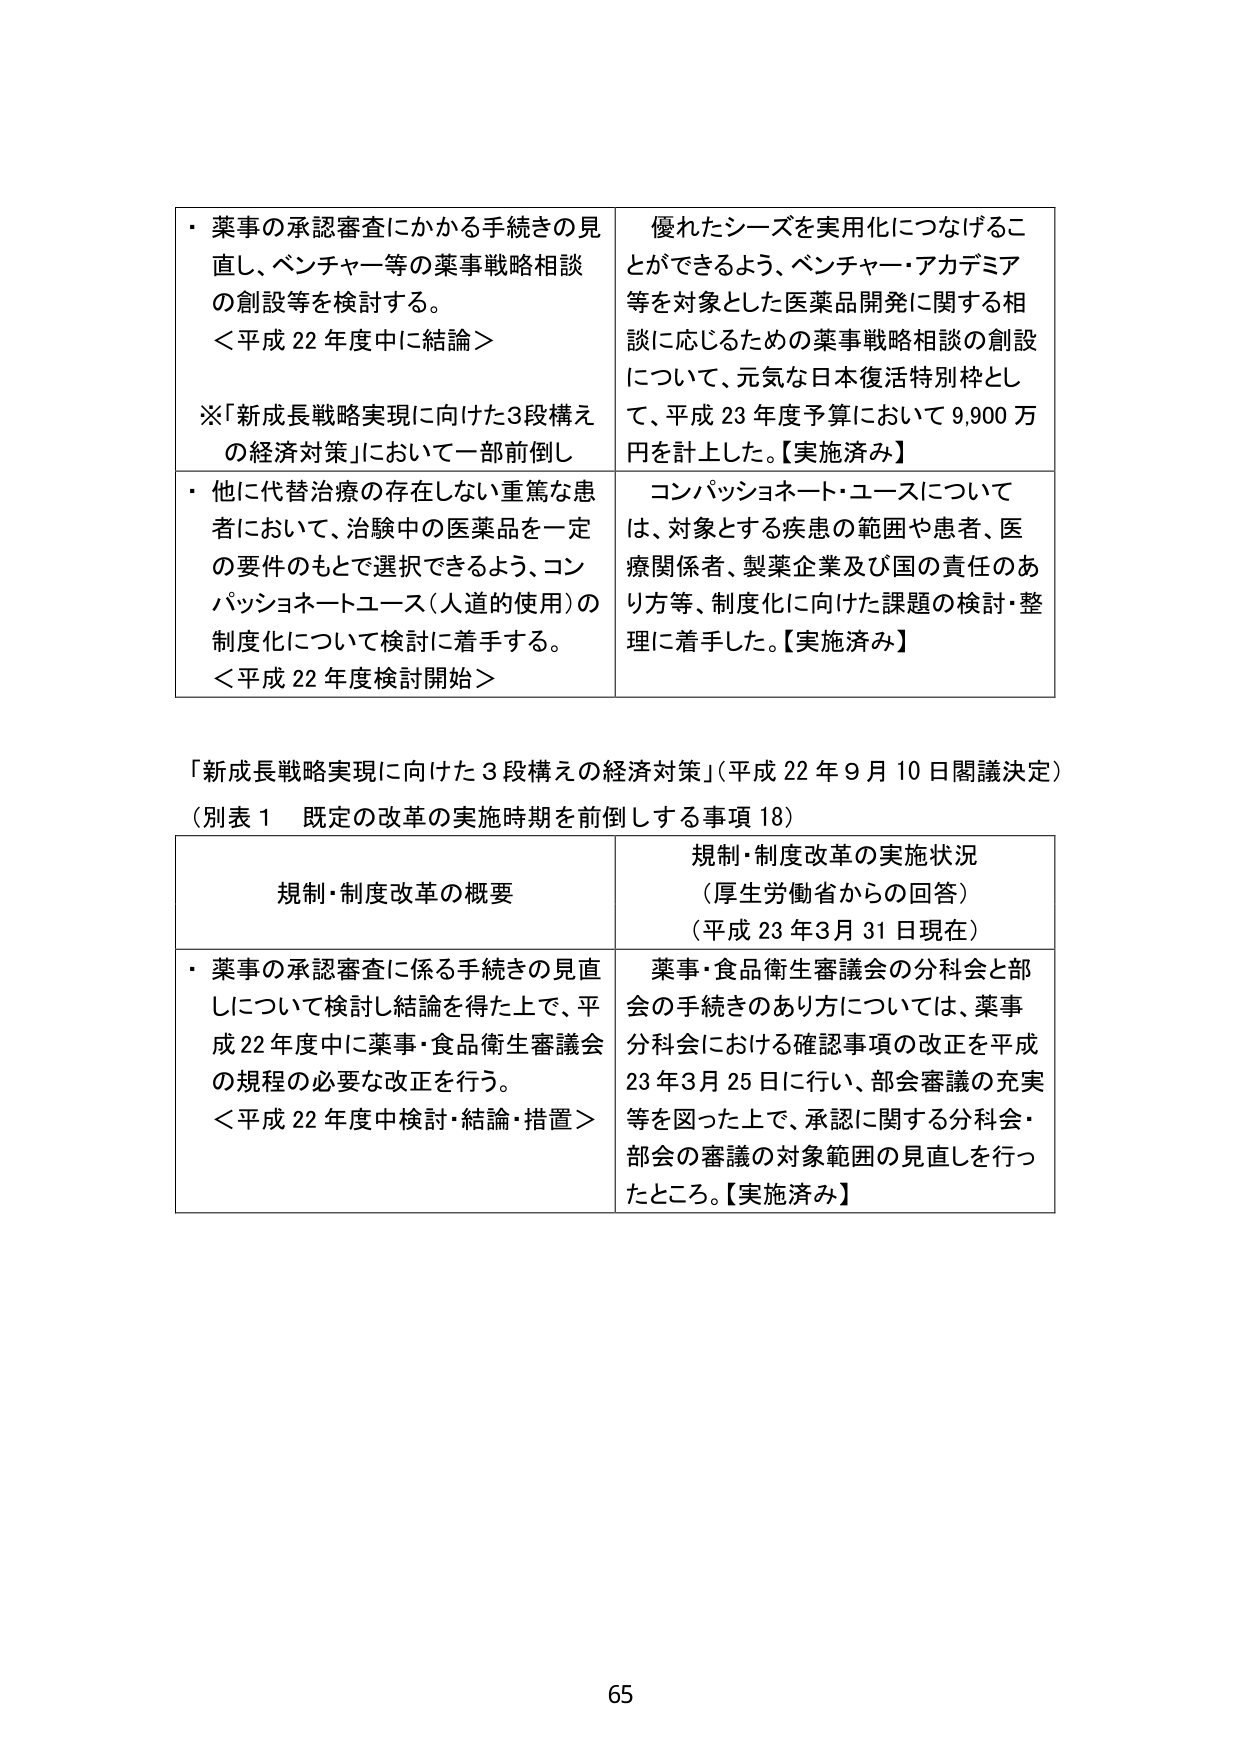
・薬事の承認審査にかかる手続きの見直し、ベンチャー等の薬事戦略相談の創設等を検討する。
＜平成22年度中に結論＞
※「新成長戦略実現に向けた3段構えの経済対策」において一部前倒し

優れたシーズを実用化につなげることができるよう、ベンチャー・アカデミア等を対象とした医薬品開発に関する相談に応じるための薬事戦略相談の創設について、元気な日本復活特別枠として、平成23年度予算において9,900万円を計上した。【実施済み】

・他に代替治療の存在しない重篤な患者において、治験中の医薬品を一定の要件のもとで選択できるよう、コンパッションネートユース（人道的使用）の制度化について検討に着手する。
＜平成22年度検討開始＞

コンパッションネート・ユースについては、対象とする疾患の範囲や患者、医療関係者、製薬企業及び国の責任のあり方等、制度化に向けた課題の検討・整理に着手した。【実施済み】

「新成長戦略実現に向けた3段構えの経済対策」（平成22年9月10日閣議決定）
（別表1 既定の改革の実施時期を前倒しする事項18）

規制・制度改革の概要
・薬事の承認審査に係る手続きの見直しについて検討し結論を得た上で、平成22年度中に薬事・食品衛生審議会の規程の必要な改正を行う。
＜平成22年度中検討・結論・措置＞

規制・制度改革の実施状況
（厚生労働省からの回答）
（平成23年3月31日現在）
薬事・食品衛生審議会の分科会と部会の手続きのあり方については、薬事分科会における確認事項の改正を平成23年3月25日に行い、部会審議の充実等を図った上で、承認に関する分科会・部会の審議の対象範囲の見直しを行ったところ。【実施済み】

65